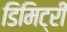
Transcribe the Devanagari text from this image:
डिमिट्री